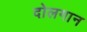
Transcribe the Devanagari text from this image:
दोलगान